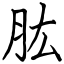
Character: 肱